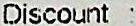
DISCOUNT :